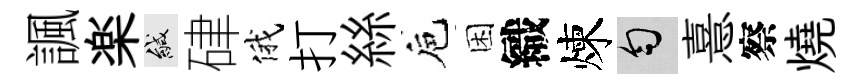
諷楽緘硉俄打絲巵困織煉匀憙察燒